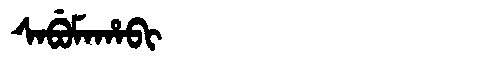
Manchu: ᠰᠠᠪᡠᠮᠠᡥᠠᠪᡳ
Romanization: SABUMAHABI